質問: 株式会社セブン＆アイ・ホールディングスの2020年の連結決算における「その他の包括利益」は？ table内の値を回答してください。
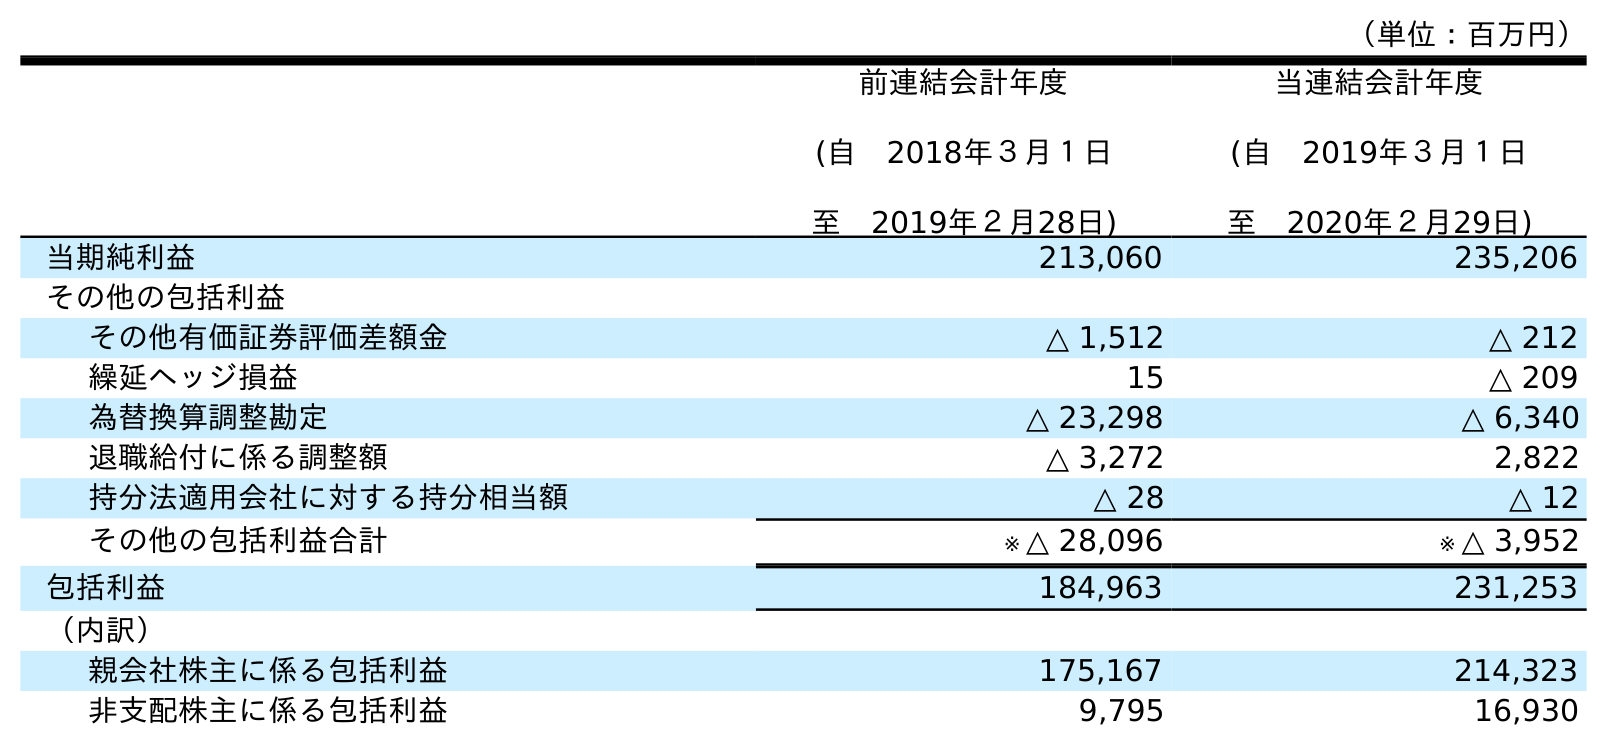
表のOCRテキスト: （単位：百万円） 前連結会計年度 (自 2018年３月１日 至 2019年２月28日) 当連結会計年度 (自 2019年３月１日 至 2020年２月29日) 当期純利益 213,060 235,206 その他の包括利益 その他有価証券評価差額金 △ 1,512 △ 212 繰延ヘッジ損益 15 △ 209 為替換算調整勘定 △ 23,298 △ 6,340 退職給付に係る調整額 △ 3,272 2,822 持分法適用会社に対する持分相当額 △ 28 △ 12 その他の包括利益合計 ※ △ 28,096 ※ △ 3,952 包括利益 184,963 231,253 （内訳） 親会社株主に係る包括利益 175,167 214,323 非支配株主に係る包括利益 9,795 16,930
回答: ※△3,952